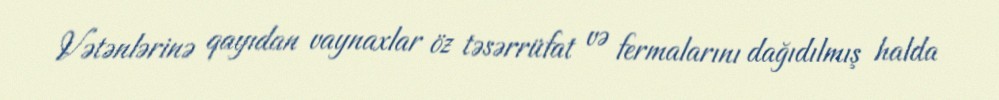
Vətənlərinə qayıdan vaynaxlar öz təsərrüfat və fermalarını dağıdılmış halda